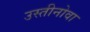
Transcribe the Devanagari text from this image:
उस्तीनोवा